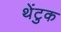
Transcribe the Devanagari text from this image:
थेंटुक